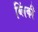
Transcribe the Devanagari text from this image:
ब्लिंकी